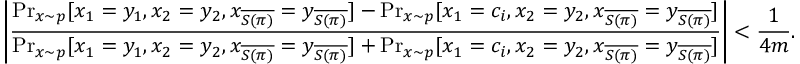
\left| \frac { \operatorname* { P r } _ { x \sim p } [ x _ { 1 } = y _ { 1 } , x _ { 2 } = y _ { 2 } , x _ { \overline { { S ( \pi ) } } } = y _ { \overline { { S ( \pi ) } } } ] - \operatorname* { P r } _ { x \sim p } [ x _ { 1 } = c _ { i } , x _ { 2 } = y _ { 2 } , x _ { \overline { { S ( \pi ) } } } = y _ { \overline { { S ( \pi ) } } } ] } { \operatorname* { P r } _ { x \sim p } [ x _ { 1 } = y _ { 1 } , x _ { 2 } = y _ { 2 } , x _ { \overline { { S ( \pi ) } } } = y _ { \overline { { S ( \pi ) } } } ] + \operatorname* { P r } _ { x \sim p } [ x _ { 1 } = c _ { i } , x _ { 2 } = y _ { 2 } , x _ { \overline { { S ( \pi ) } } } = y _ { \overline { { S ( \pi ) } } } ] } \right| < \frac { 1 } { 4 m } .